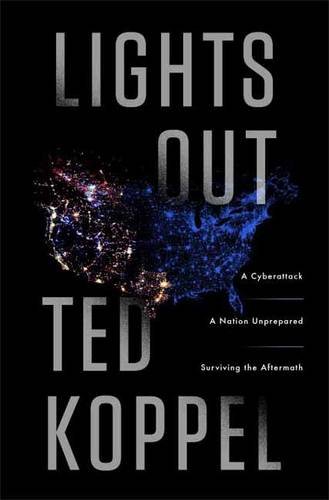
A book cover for Lights Out: A Cyberattack, A Nation Unprepared, Surviving the Aftermath; Ted Koppel; Engineering & Transportation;